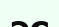
эс